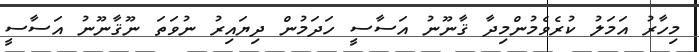
މިހާރު އަމަލު ކުރެވެމުންމިދާ ޤާނޫނު އަސާސީ ހަދަމުން ދިޔައިރު ނުވަތަ ނޫޤާނޫނު އަސާސީ